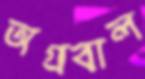
অগ্রবাল